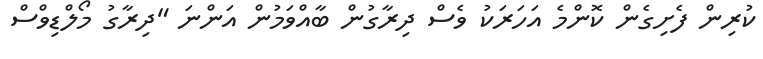
ކުރިން ފެށިގެން ކޮންމެ އަހަރަކު ވެސް ދިރާގުން ބާއްވަމުން އަންނަ "ދިރާގު މޯލްޑިވްސް